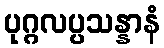
ပုဂ္ဂလပ္ပသန္နာနံ